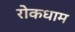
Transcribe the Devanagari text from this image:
रोकधाम